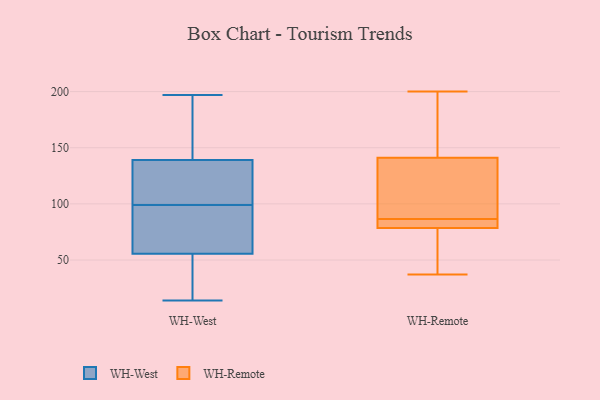
{"axis": {"x": "Headcount", "y": "Value"}, "legend": ["WH-Remote", "WH-West"], "data": [{"x": "", "y": 92, "type": "WH-West"}, {"x": "", "y": 163, "type": "WH-West"}, {"x": "", "y": 98, "type": "WH-West"}, {"x": "", "y": 26, "type": "WH-West"}, {"x": "", "y": 14, "type": "WH-West"}, {"x": "", "y": 194, "type": "WH-West"}, {"x": "", "y": 108, "type": "WH-West"}, {"x": "", "y": 197, "type": "WH-West"}, {"x": "", "y": 92, "type": "WH-West"}, {"x": "", "y": 58, "type": "WH-West"}, {"x": "", "y": 175, "type": "WH-West"}, {"x": "", "y": 40, "type": "WH-West"}, {"x": "", "y": 23, "type": "WH-West"}, {"x": "", "y": 95, "type": "WH-West"}, {"x": "", "y": 100, "type": "WH-West"}, {"x": "", "y": 121, "type": "WH-West"}, {"x": "", "y": 125, "type": "WH-West"}, {"x": "", "y": 130, "type": "WH-West"}, {"x": "", "y": 53, "type": "WH-West"}, {"x": "", "y": 148, "type": "WH-West"}, {"x": "", "y": 150, "type": "WH-Remote"}, {"x": "", "y": 195, "type": "WH-Remote"}, {"x": "", "y": 200, "type": "WH-Remote"}, {"x": "", "y": 37, "type": "WH-Remote"}, {"x": "", "y": 72, "type": "WH-Remote"}, {"x": "", "y": 117, "type": "WH-Remote"}, {"x": "", "y": 76, "type": "WH-Remote"}, {"x": "", "y": 86, "type": "WH-Remote"}, {"x": "", "y": 83, "type": "WH-Remote"}, {"x": "", "y": 87, "type": "WH-Remote"}, {"x": "", "y": 132, "type": "WH-Remote"}, {"x": "", "y": 81, "type": "WH-Remote"}]}